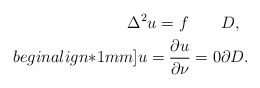
\begin{align*}\Delta^2 u=f \qquad& D,\\begin{align*}1mm]u=\frac{\partial u}{\partial \nu} = 0 & \partial D.\end{align*}